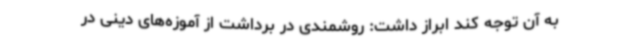
به آن توجه کند ابراز داشت: روشمندی در برداشت از آموزه‌های دینی در